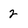
Character: 2